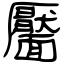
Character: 靨